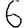
Digit: 6